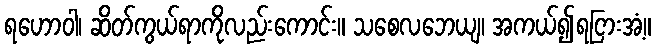
ရဟောဝါ၊ ဆိတ်ကွယ်ရာကိုလည်းကောင်း။ သစေလဘေယျ၊ အကယ်၍ရငြားအံ့။